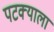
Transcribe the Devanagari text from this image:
पटक्याला